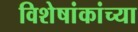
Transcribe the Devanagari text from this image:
विशेषांकांच्या